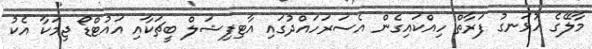
މާލޭގެ ހުޅަނގު ފަރާތް ހިއްކައިގެން އެސަރަހައްދުގައި އާޓިފިޝަލް ބީޗަކާއި އައުޓްޑޯ ޖިމަކާ އެކު